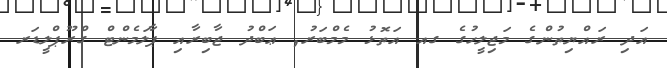
އަދި ރައްޔިތުންގެ މަޖިލީހުގެ ގއ އަތޮޅު މެމްބަރު